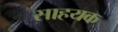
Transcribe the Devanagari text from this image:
साहयक